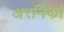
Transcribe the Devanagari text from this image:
अरनिको